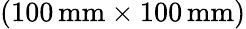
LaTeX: (100\, \mathrm{mm}\times 100\, \mathrm{mm})